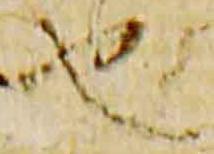
也